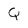
Character: Q